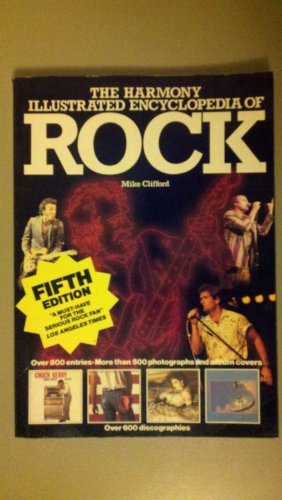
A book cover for Harmony Illustrated Encyclopedia of Rock, Fifth Edition; Mike Clifford; Humor & Entertainment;